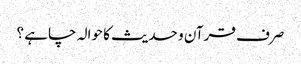
صرف قرآن و حدیث کا حوالہ چاہے ؟